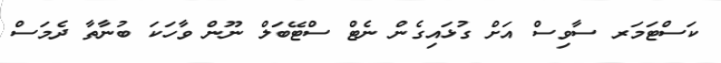
ކަސްޓަމަރ ސާވިސް އަށް ގުޅައިގެން ނެޓް ސްޓޭބަލް ނޫން ވާހަކަ ބުނާތާ ދެމަސް